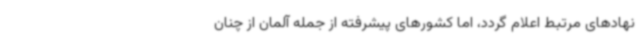
نهادهای مرتبط اعلام گردد، اما کشورهای پیشرفته از جمله آلمان از چنان